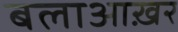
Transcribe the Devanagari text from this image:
बलाआख़र